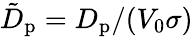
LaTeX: \tilde{D}_{\mathrm{p}}=D_{\mathrm{p}}/(V_{0}\sigma)